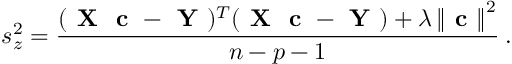
s _ { z } ^ { 2 } = \frac { ( \textbf { X } \textbf { c } - \textbf { Y } ) ^ { T } ( \textbf { X } \textbf { c } - \textbf { Y } ) + \lambda \left\| \textbf { c } \right\| ^ { 2 } } { n - p - 1 } \: .